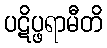
ပဋိပ္ဖရာမီတိ